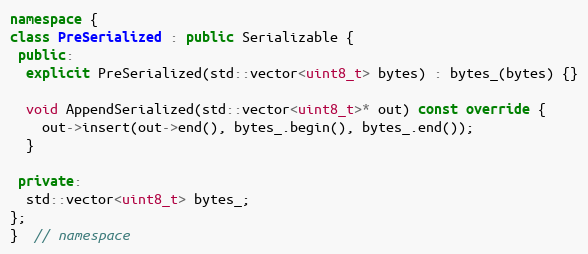
Language: C++
namespace {
class PreSerialized : public Serializable {
 public:
  explicit PreSerialized(std::vector<uint8_t> bytes) : bytes_(bytes) {}

  void AppendSerialized(std::vector<uint8_t>* out) const override {
    out->insert(out->end(), bytes_.begin(), bytes_.end());
  }

 private:
  std::vector<uint8_t> bytes_;
};
}  // namespace